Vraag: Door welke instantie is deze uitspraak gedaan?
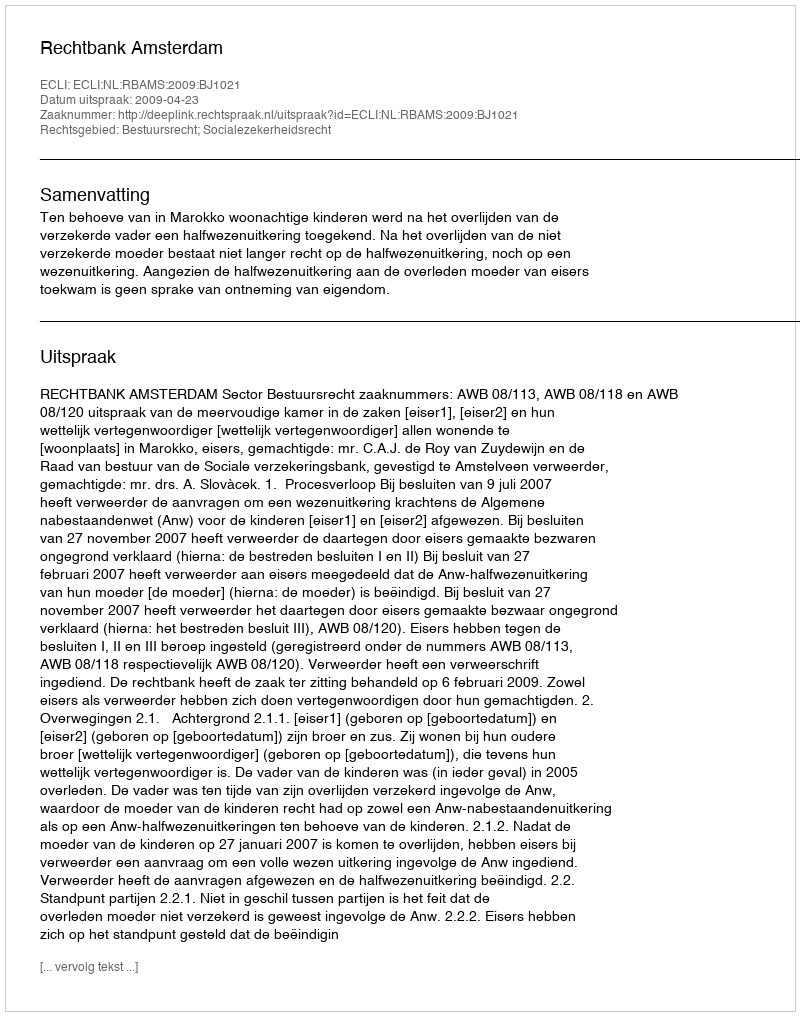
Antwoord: Rechtbank Amsterdam